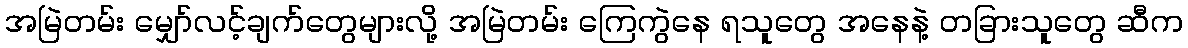
အမြဲတမ်း မျှော်လင့်ချက်တွေများလို့ အမြဲတမ်း ကြေကွဲနေ ရသူတွေ အနေနဲ့ တခြားသူတွေ ဆီက